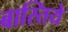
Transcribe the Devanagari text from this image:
बास्तिये